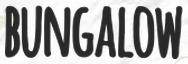
BUNGALOW